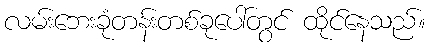
လမ်းဘေးခုံတန်းတစ်ခုပေါ်တွင် ထိုင်နေသည်။